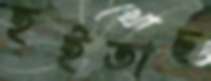
হইতাছ